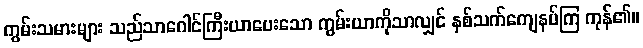
ကွမ်းသမားများ သည်သာဂေါင်ကြီးယာပေးသော ကွမ်းယာကိုသာလျှင် နှစ်သက်ကျေနပ်ကြ ကုန်၏။